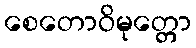
စေတောဝိမုတ္တော